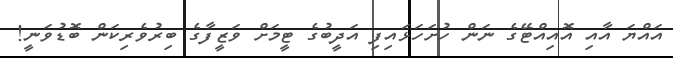
އައްޔަ އާއި އޮއިއްޓޭގެ ނަން ހުށަހަޅައިފި އަދީބުގެ ޓީމަށް ވަޒީފާގެ ބިރުވެރިކަން ބޮޑުވަނީ!